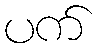
ပက်